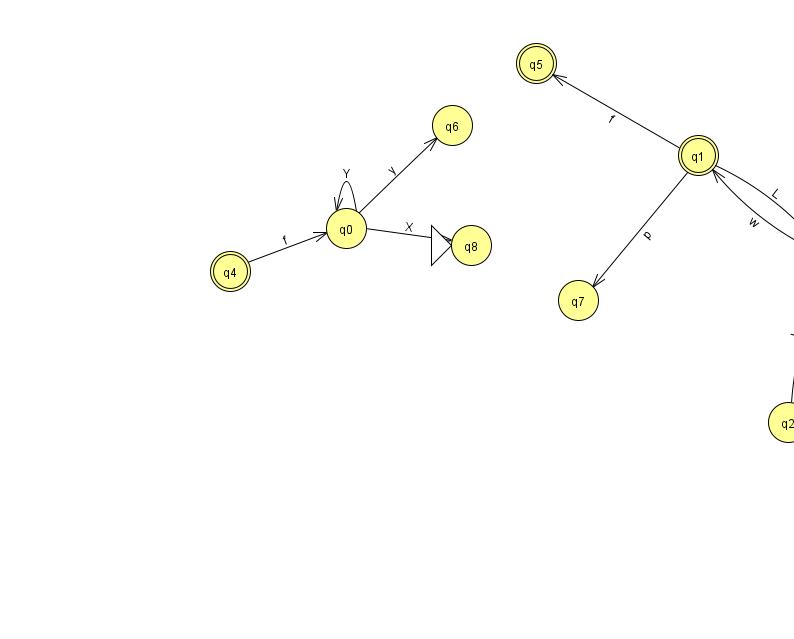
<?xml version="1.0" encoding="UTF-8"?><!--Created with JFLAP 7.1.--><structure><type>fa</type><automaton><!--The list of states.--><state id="0" name="q0"><x>346.0</x><y>215.0</y></state><state id="1" name="q1"><x>698.0</x><y>142.0</y><final/></state><state id="2" name="q2"><x>788.0</x><y>409.0</y></state><state id="3" name="q3"><x>835.0</x><y>249.0</y></state><state id="4" name="q4"><x>230.0</x><y>258.0</y><final/></state><state id="5" name="q5"><x>536.0</x><y>50.0</y><final/></state><state id="6" name="q6"><x>452.0</x><y>112.0</y></state><state id="7" name="q7"><x>578.0</x><y>287.0</y></state><state id="8" name="q8"><x>471.0</x><y>232.0</y><initial/></state><!--The list of transitions.--><transition><from>4</from><to>0</to><read>f</read></transition><transition><from>3</from><to>3</to><read>a</read></transition><transition><from>2</from><to>3</to><read>J</read></transition><transition><from>3</from><to>1</to><read>w</read></transition><transition><from>0</from><to>6</to><read>y</read></transition><transition><from>1</from><to>5</to><read>f</read></transition><transition><from>0</from><to>0</to><read>Y</read></transition><transition><from>3</from><to>2</to><read>E</read></transition><transition><from>1</from><to>7</to><read>p</read></transition><transition><from>0</from><to>8</to><read>X</read></transition><transition><from>1</from><to>3</to><read>L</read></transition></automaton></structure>